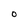
Character: o